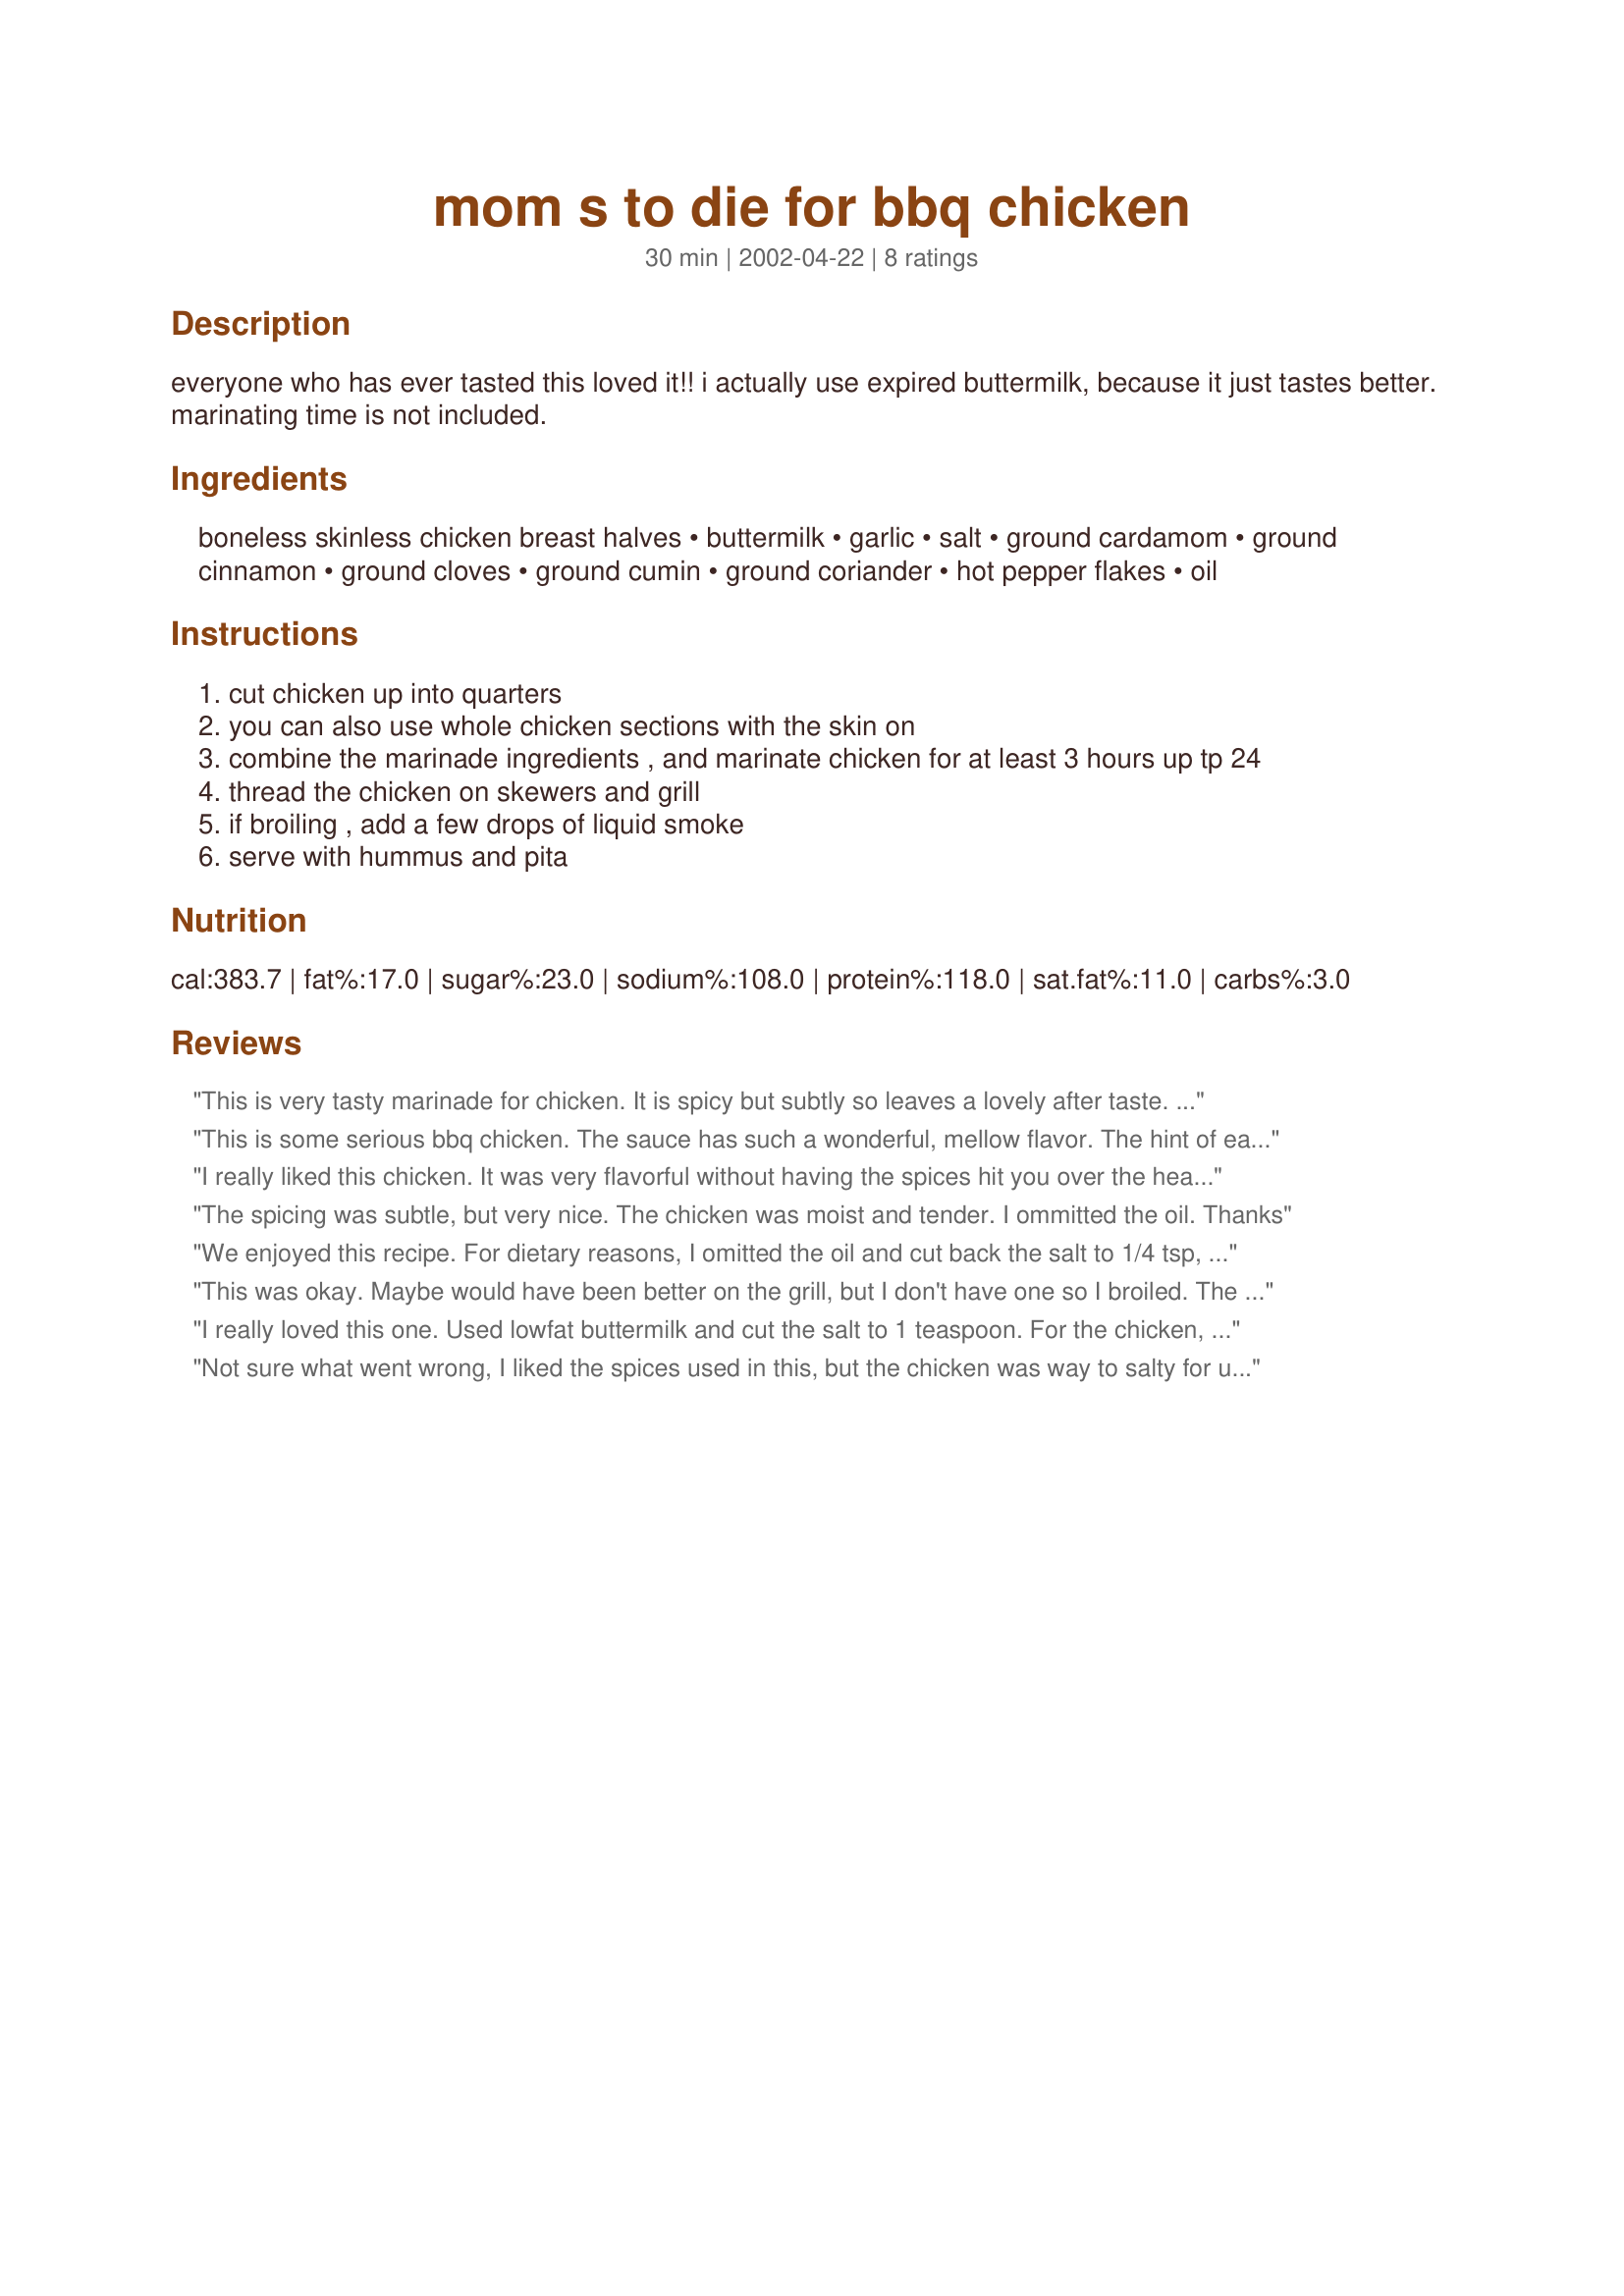
mom s to die for bbq chicken
Preparation time: 30 minutes

everyone who has ever tasted this loved it!! i actually use expired buttermilk, because it just tastes better. marinating time is not included.

Ingredients:
boneless skinless chicken breast halves, buttermilk, garlic, salt, ground cardamom, ground cinnamon, ground cloves, ground cumin, ground coriander, hot pepper flakes, oil

Steps:
cut chicken up into quarters
you can also use whole chicken sections with the skin on
combine the marinade ingredients , and marinate chicken for at least 3 hours up tp 24
thread the chicken on skewers and grill
if broiling , add a few drops of liquid smoke
serve with hummus and pita

Reviews:
This is very tasty marinade for chicken. It is spicy but subtly so leaves a lovely after taste. The instructions couls be a little clearer. IE List of ingredients could start with 2 boneless, skinless chicken breasts or a whole chicken, skin on cut into quarters (or whatever your intent) And step one of the instructions is not clear. This is very minor and certainly did not detract from enjoying this wonderful recipe I have some (unused) marinade left over and I think I will try it on Prawns. Thanks Najwa
This is some serious bbq chicken. The sauce has such a wonderful, mellow flavor. The hint of each spice is there, and made me wonder what flavor I would experience next. Each mouthful was a true delight. I made the recipe exactly as directed. I might add another 1/8th tsp. red pepper flakes next time, but maybe not, because it is one of those wonderful dishes you don't want to mess up. Thanks so much for sharing this wonderful recipe.
I really liked this chicken. It was very flavorful without having the spices hit you over the head with a hammer. I used chicken tenders - next time I might use larger pieces of chicken breast.
The spicing was subtle, but very nice. The chicken was moist and tender. I ommitted the oil.
Thanks
We enjoyed this recipe. For dietary reasons, I omitted the oil and cut back the salt to 1/4 tsp, & used lowfat buttermilk and it worked just fine for our tastes. I marinated overnight and the buttermilk acts as a natural tenderizer and left the chicken breast very moist, tender and juicy. Thank you Najwa for sharing the recipe.
This was okay. Maybe would have been better on the grill, but I don't have one so I broiled. The hummus and pita might have been really good too, but I didn't have those either. It was a pretty good meal though.
I really loved this one. Used lowfat buttermilk and cut the salt to 1 teaspoon. For the chicken, 1 inch cubes of boneless breast meat. The seasoning on this is very subtle with no one flavor jumping in front of the others; instead, they all meld together into a flavor all its own. The skewers cooked in just 5 minutes on the George Foreman resulting in a moist and tender chicken. Would cerrtainly not add more salt.
Not sure what went wrong, I liked the spices used in this, but the chicken was way to salty for us. Maybe if I halfed the salt and doubled the spices. I'll try that next time. The chicken did turn out very tender and moist on the grill. I think this recipy is just shy of 4 stars, but more than 3.
